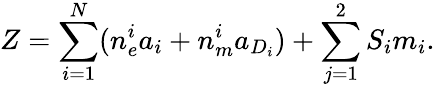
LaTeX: Z=\sum_{i=1}^{N}(n_{e}^{i}a_{i}+n_{m}^{i}a_{D_{i}})+\sum_{j=1}^{2}S_{i}m_{i}.